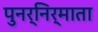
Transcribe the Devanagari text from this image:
पुनर्निर्माता